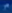
Transcribetheimage